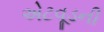
એટવૂડની